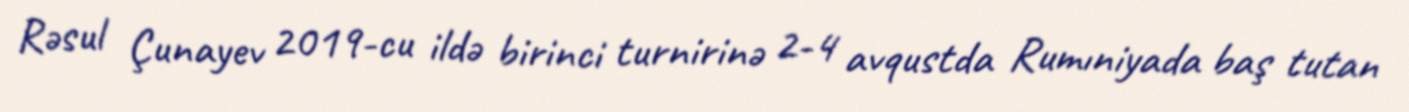
Rəsul Çunayev 2019-cu ildə birinci turnirinə 2-4 avqustda Rumıniyada baş tutan